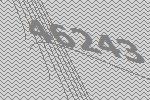
46243